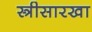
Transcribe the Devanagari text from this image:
स्त्रीसारखा